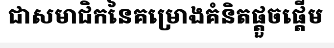
ជាសមាជិកនៃគម្រោងគំនិតផ្តួចផ្តើម